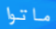
ماتوا